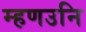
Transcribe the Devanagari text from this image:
म्हणउनि